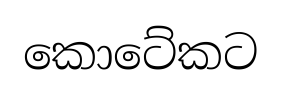
කොටේකට